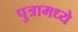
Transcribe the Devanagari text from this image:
पुत्रामध्ये